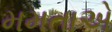
મમતાએ